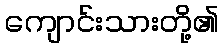
ကျောင်းသားတို့၏